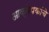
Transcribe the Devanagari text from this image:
आक्षेपकांचे